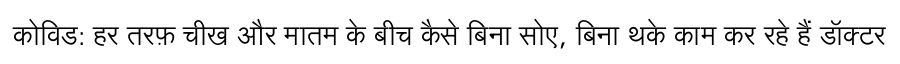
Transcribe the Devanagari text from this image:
कोविड: हर तरफ़ चीख और मातम के बीच कैसे बिना सोए, बिना थके काम कर रहे हैं डॉक्टर